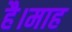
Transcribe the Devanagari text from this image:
है।माह